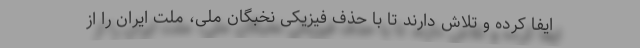
ایفا کرده و تلاش دارند تا با حذف فیزیکی نخبگان ملی، ملت ایران را از